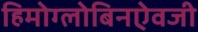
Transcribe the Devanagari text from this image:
हिमोग्लोबिनऐवजी